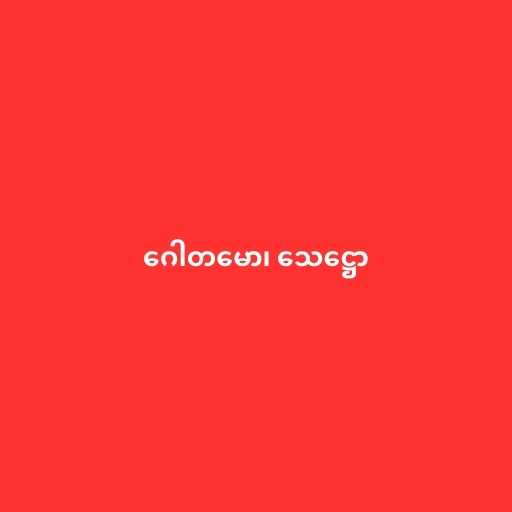
ဂေါတမော၊ သေဋ္ဌော